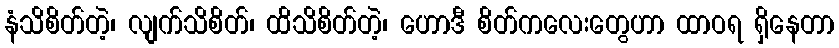
နံသိစိတ်တဲ့၊ လျက်သိစိတ်၊ ထိသိစိတ်တဲ့၊ ဟောဒီ စိတ်ကလေးတွေဟာ ထာဝရ ရှိနေတာ